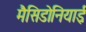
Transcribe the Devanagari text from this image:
मैसिडोनियाईः